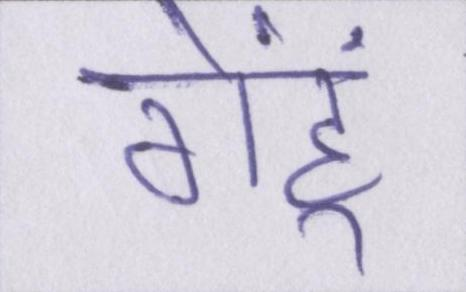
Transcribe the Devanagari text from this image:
गेहूं